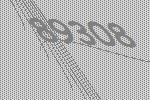
89308